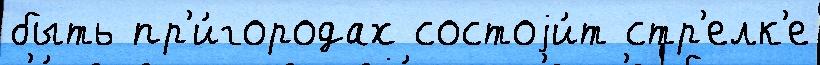
быть пр'и́городах состоjи́т стр'елк'е